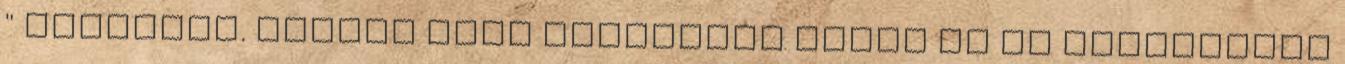
" változat. adatok ezer forintban Előző év ek módosítása